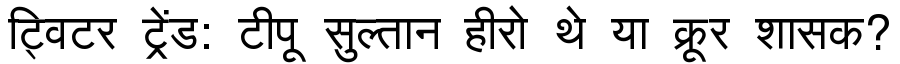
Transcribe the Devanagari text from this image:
ट्विटर ट्रेंड: टीपू सुल्तान हीरो थे या क्रूर शासक?